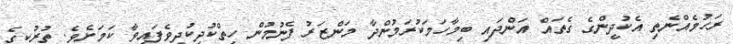
ރަހުމެއްނެތި އެކުދީންގެ ގެތައް އަންދައި ބިމާހަމަކުރަމުންދާ މަންޒަރު ފެނުމުން ހިތްކުދިކުދިވެފައިވާ ކަމަށެވެ. ތުރުކީގެ